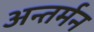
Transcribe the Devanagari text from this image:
अन्‍तर्मन